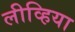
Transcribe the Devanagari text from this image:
लीव्हिया